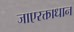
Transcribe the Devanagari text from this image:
जाएरक्ताधान